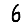
Digit: 6